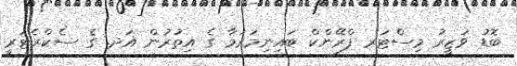
ބޮޑު ވަޒީރު މިސްޓަރ ފްރޭންކް ބައިނިމަރަމާ ގެ އިތުރުން އަދ. ގެ ސެކްރެޓަރީ